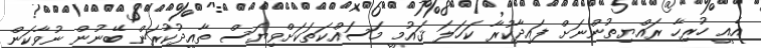
އެއީ ހުރިހާ ރައްޔިތުންނަށް ފައިދާކުރާ ކަހަލަ ޤައުމީ މަސައްކަތަކަށްވިޔަސް ތާއީދުކުރަން ބޭނުން ނުވާކަން